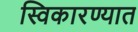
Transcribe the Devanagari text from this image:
स्विकारण्यात